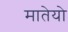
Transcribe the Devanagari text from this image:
मातेयो